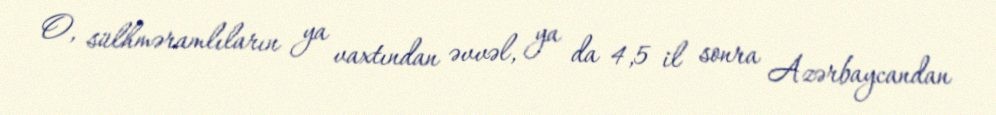
O, sülhməramlıların ya vaxtından əvvəl, ya da 4,5 il sonra Azərbaycandan